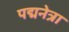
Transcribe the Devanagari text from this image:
पद्मनेत्रा